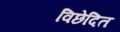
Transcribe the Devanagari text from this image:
विछेदित